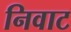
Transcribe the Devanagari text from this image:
निवाट